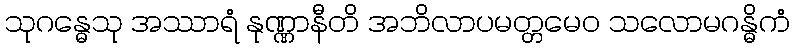
သုဂန္ဓေသု အဿာရံ နုဏ္ဏာနီတိ အဘိလာပမတ္တမေဝ သလောမဂန္ဓိကံ